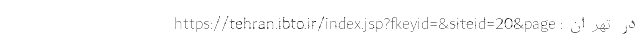
در تهران: https://tehran.ibto.ir/index.jsp?fkeyid=&siteid=20&page